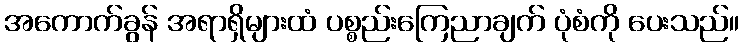
အကောက်ခွန် အရာရှိများထံ ပစ္စည်းကြေညာချက် ပုံစံကို ပေးသည်။